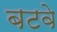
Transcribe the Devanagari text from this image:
बटवे